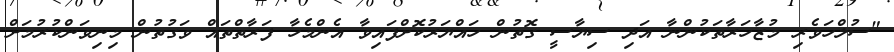
"ސުލްހަވެރި މުޒާހަރާތަކުންނާ އަދި ސިޔާސީ ގޮތުން ހައްޔަރުކޮށްފައިވާ އެންމެހާ ފަރާތްތައް ވަގުތުން މިނިވަންކުރުމަށް